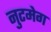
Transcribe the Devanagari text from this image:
नुटमेग